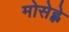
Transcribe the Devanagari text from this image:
मोसेह्ले